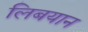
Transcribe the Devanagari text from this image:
लिबयान